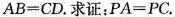
$$AB=CD$$。求证：$$PA=PC$$。